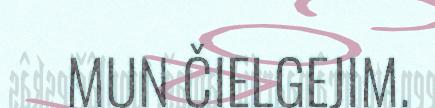
MUN ČIELGEJIM.